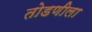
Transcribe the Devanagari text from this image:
तोडणीला